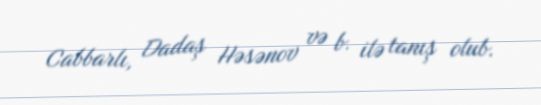
Cabbarlı, Dadaş Həsənov və b. ilə tanış olub.